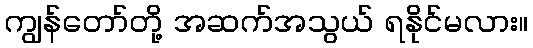
ကျွန်တော်တို့ အဆက်အသွယ် ရနိုင်မလား။